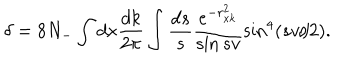
\delta = 8 N _ { - } \int d x \frac { d k } { 2 \pi } \int \frac { d s } { s } \frac { e ^ { - r _ { x k } ^ { 2 } } } { \sin s v } \sin ^ { 4 } ( s v / 2 ) .